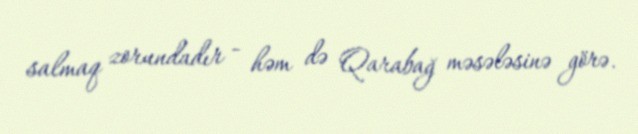
salmaq zorundadır - həm də Qarabağ məsələsinə görə.